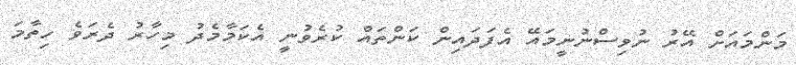
މަންމައަށް އޭރު ނުވިސްނުނީމައޭ އެފަދައިން ކަންތައް ކުރެވުނީ އެކަމާމެދު މިހާރު ދެރަވެ ހިތާމަ